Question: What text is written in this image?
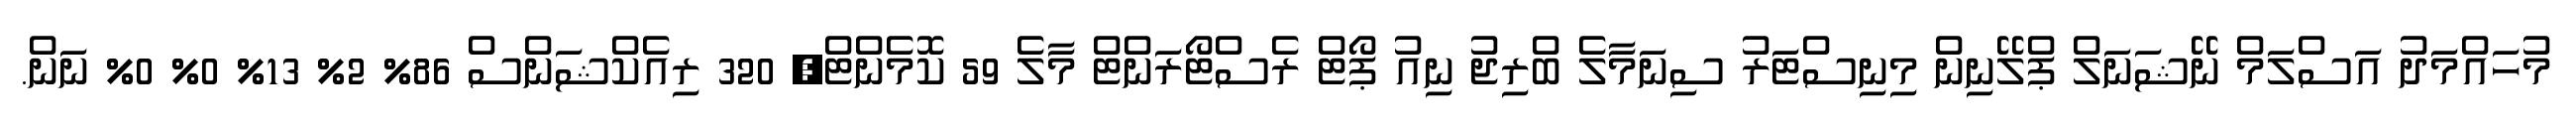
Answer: މުހައްމަދު އަސްލަމް ނޭޝަނަލް ޕްލޭނިން މިނިސްޓަރު ސިނަމާލެ ބްރިޖު ނިއު ޕޯޓް ރެސްޓޯރަންޓް މާލެ 59 ކޮމެންޓް, 320 ރިއެކްޝަންސް 86% 2% 13% 0% 0% ނަން.